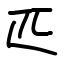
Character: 匹